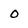
Character: 0